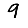
Digit: 9